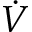
\dot { V }